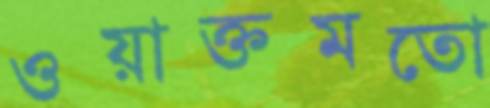
ওয়াক্তমতো